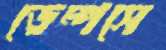
ডেম্পসে